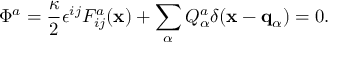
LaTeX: \Phi ^ { a } = { \frac { \kappa } { 2 } } \epsilon ^ { i j } F _ { i j } ^ { a } ( { \bf x } ) + \sum _ { \alpha } Q _ { \alpha } ^ { a } \delta ( { \bf x } - { \bf q } _ { \alpha } ) = 0 .